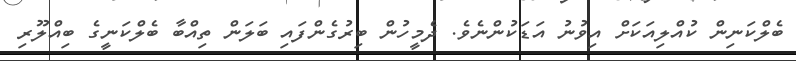
ބެލްކަނިން ކުއްލިއަކަށް އިވުނު އަޑަކުންނެވެ. ދެމީހުން ބިރުގެންފައި ބަލަން ތިއްބާ ބެލްކަނީގެ ބިއްލޫރި